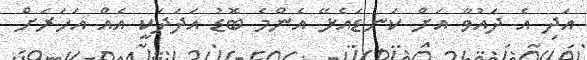
އަދި އެ ދައުވާ އަށް ކަނޑައެޅޭ އެންމެ ބޮޑު އަދަދަކީ އެއް އަހަރަށް